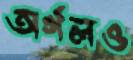
অর্গলও